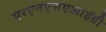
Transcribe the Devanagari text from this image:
परएनएसएआईडी